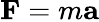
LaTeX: {\mathbf{F}}=m{\mathbf{a}}